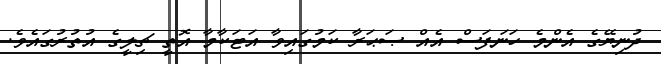
ދުނިޔޭގެ އެންމެ ހަނަފަސް އެއް ޞަޙަރާ ކަމުގައިވާ އަޓަކާމާ އޮތީ ޗިލީގެ އުތުރުގައެވެ.